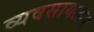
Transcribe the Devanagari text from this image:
व्यवसायलाभ